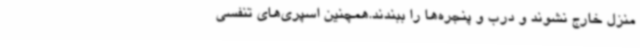
منزل خارج نشوند و درب و پنجره‌ها را ببندند.همچنین اسپری‌های تنفسی